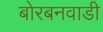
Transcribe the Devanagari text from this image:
बोरबनवाडी